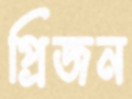
প্রিজন